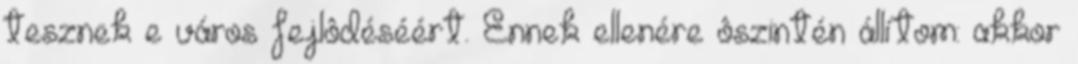
tesznek e város fejlôdéséért. Ennek ellenére ôszintén állítom: akkor